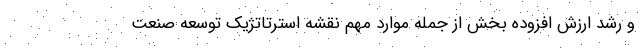
و رشد ارزش افزوده بخش از جمله موارد مهم نقشه استرتاتژیک توسعه صنعت